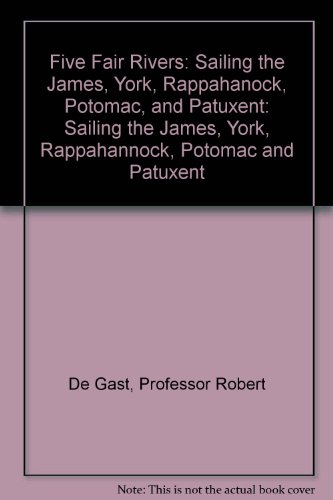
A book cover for Five Fair Rivers: Sailing the James, York, Rappahanock, Potomac, and Patuxent; Professor Robert De Gast; Travel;